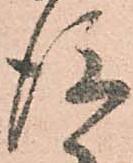
後